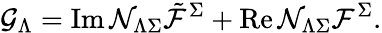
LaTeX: {\cal G}_{\Lambda}=\mathrm{Im}\, {\cal N}_{\Lambda\Sigma}{\tilde{\cal F}}^{\Sigma}+\mathrm{Re}\, {\cal N}_{\Lambda\Sigma}{\cal F}^{\Sigma}.